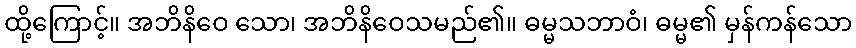
ထို့ကြောင့်။ အဘိနိဝေ သော၊ အဘိနိဝေသမည်၏။ ဓမ္မသဘာဝံ၊ ဓမ္မ၏ မှန်ကန်သော